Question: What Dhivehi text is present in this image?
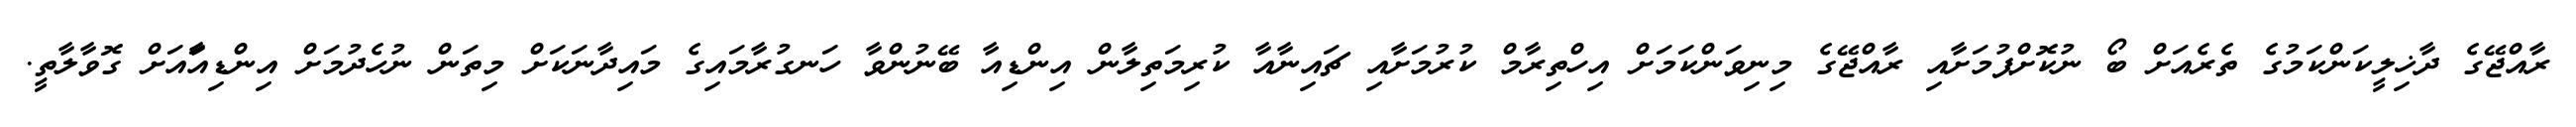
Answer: ރާއްޖޭގެ ދާޚިލީކަންކަމުގެ ތެރެއަށް ބޯ ނުކޮށްޕުމަށާއި ރާއްޖޭގެ މިނިވަންކަމަށް އިހްތިރާމް ކުރުމަށާއި ޗައިނާއާ ކުރިމަތިލާން އިންޑިއާ ބޭނުންވާ ހަނގުރާމައިގެ މައިދާނަކަށް މިތަން ނުހެދުމަށް އިންޑިއާައަށް ގޮވާލާތީ.